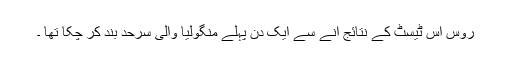
روس اس ٹیسٹ کے نتائج آنے سے ایک دن پہلے منگولیا والی سرحد بند کر چکا تھا ۔